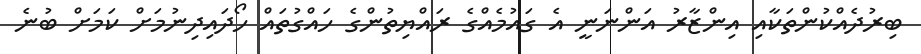
ބިރުދެއްކުންތަކާއި އިންޒާރު އަންނަނީ އެ ގައުމެއްގެ ރައްޔިތުންގެ ހައްގުތައް ހޯދައިދިނުމަށް ކަމަށް ބުނެ